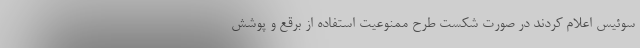
سوئیس اعلام کردند در صورت شکست طرح ممنوعیت استفاده از برقع و پوشش